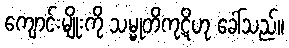
ကျောင်းမျိုးကို သမ္မုတိကုဋိဟု ခေါ်သည်။